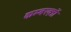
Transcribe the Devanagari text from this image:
कम्बख़्तों